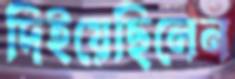
দিইয়েছিলেন